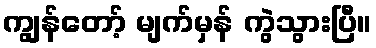
ကျွန်တော့် မျက်မှန် ကွဲသွားပြီ။